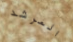
المرشد